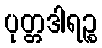
ပုတ္တဒါရဉ္စ